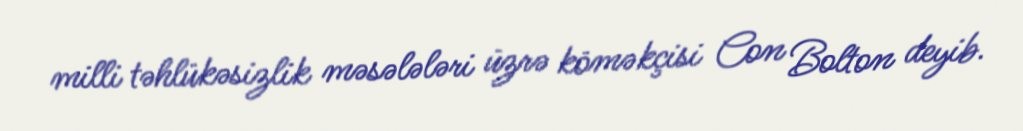
milli təhlükəsizlik məsələləri üzrə köməkçisi Con Bolton deyib.